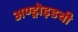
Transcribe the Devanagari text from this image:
अण्ड्रोइडची